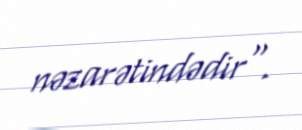
nəzarətindədir".